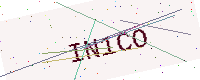
Text: IN1CO